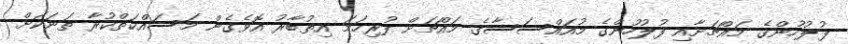
ފުލުހުންގެ މައްޗަށާއި ފުލުހުންގެ މުއައްސަސާގެ މައްޗަށް ފުރިހަމަ އިތުބާރު އޮވެގެން މަސައްކަތްކުރާ ތަނަކަށް